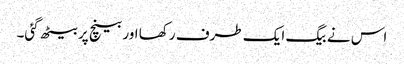
اس نے بیگ ایک طرف رکھا اور بینچ پر بیٹھ گئی۔